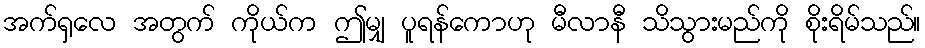
အက်ရှလေ အတွက် ကိုယ်က ဤမျှ ပူရန်ကောဟု မီလာနီ သိသွားမည်ကို စိုးရိမ်သည်။